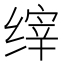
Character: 𰬴